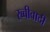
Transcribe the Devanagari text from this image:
रब्बीवादी